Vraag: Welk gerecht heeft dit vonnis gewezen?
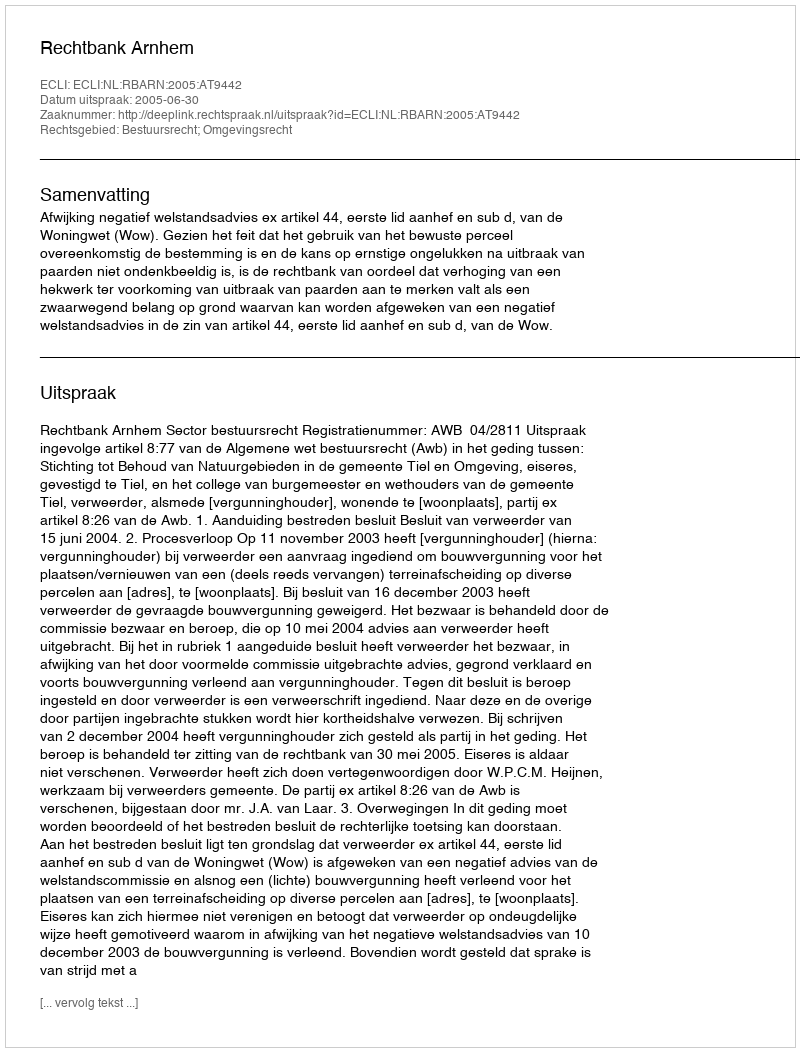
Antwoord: Rechtbank Arnhem